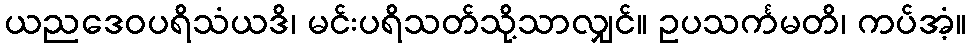
ယညဒေဝပရိသံယဒိ၊ မင်းပရိသတ်သို့သာလျှင်။ ဥပသင်္ကမတိ၊ ကပ်အံ့။